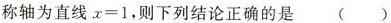
称轴为直线 $$x = 1$$，则下列结论正确的是 ()